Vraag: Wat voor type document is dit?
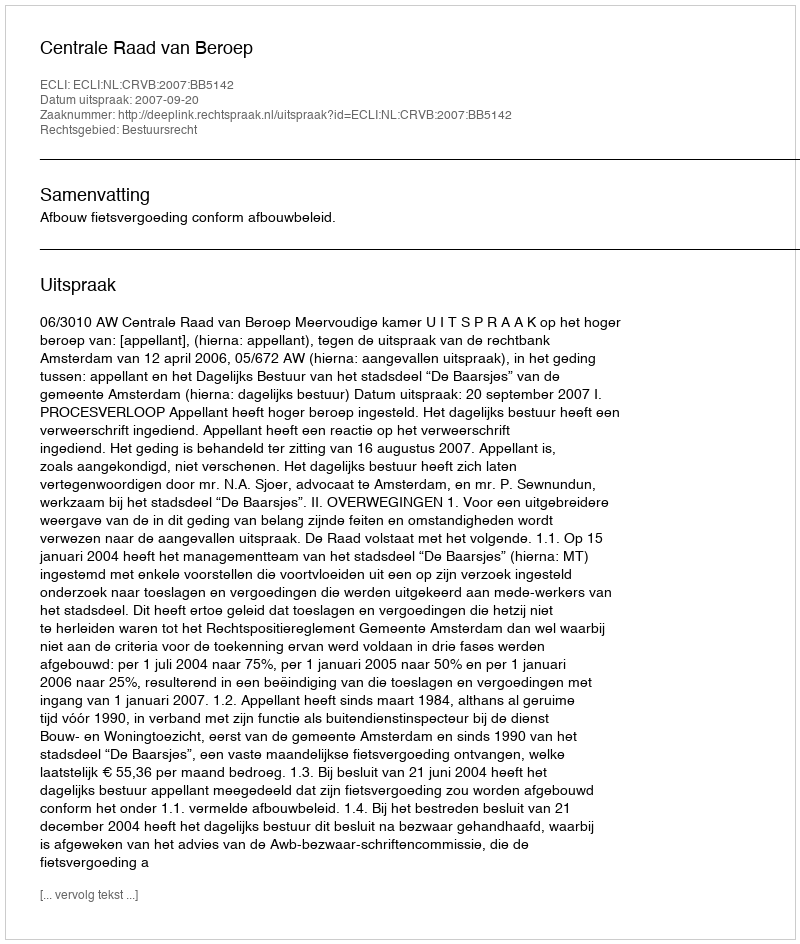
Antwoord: Uitspraak